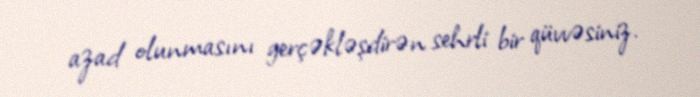
azad olunmasını gerçəkləşdirən sehrli bir qüvvəsiniz.